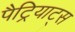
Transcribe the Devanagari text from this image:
पैट्रियाट्स